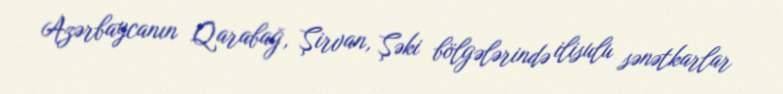
Azərbaycanın Qarabağ, Şirvan, Şəki bölgələrində ilisulu sənətkarlar